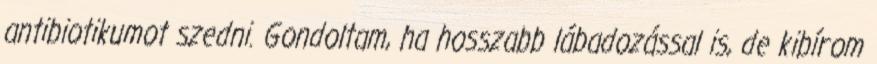
antibiotikumot szedni. Gondoltam, ha hosszabb lábadozással is, de kibírom